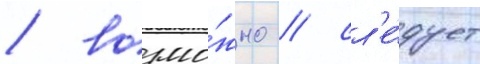
/ возмо́жно / сл'е́дует